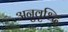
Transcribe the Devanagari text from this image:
अनुवृध्दि